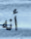
أنه